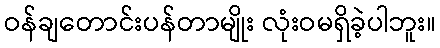
ဝန်ချတောင်းပန်တာမျိုး လုံးဝမရှိခဲ့ပါဘူး။